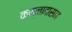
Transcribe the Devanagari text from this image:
कन्नादासन